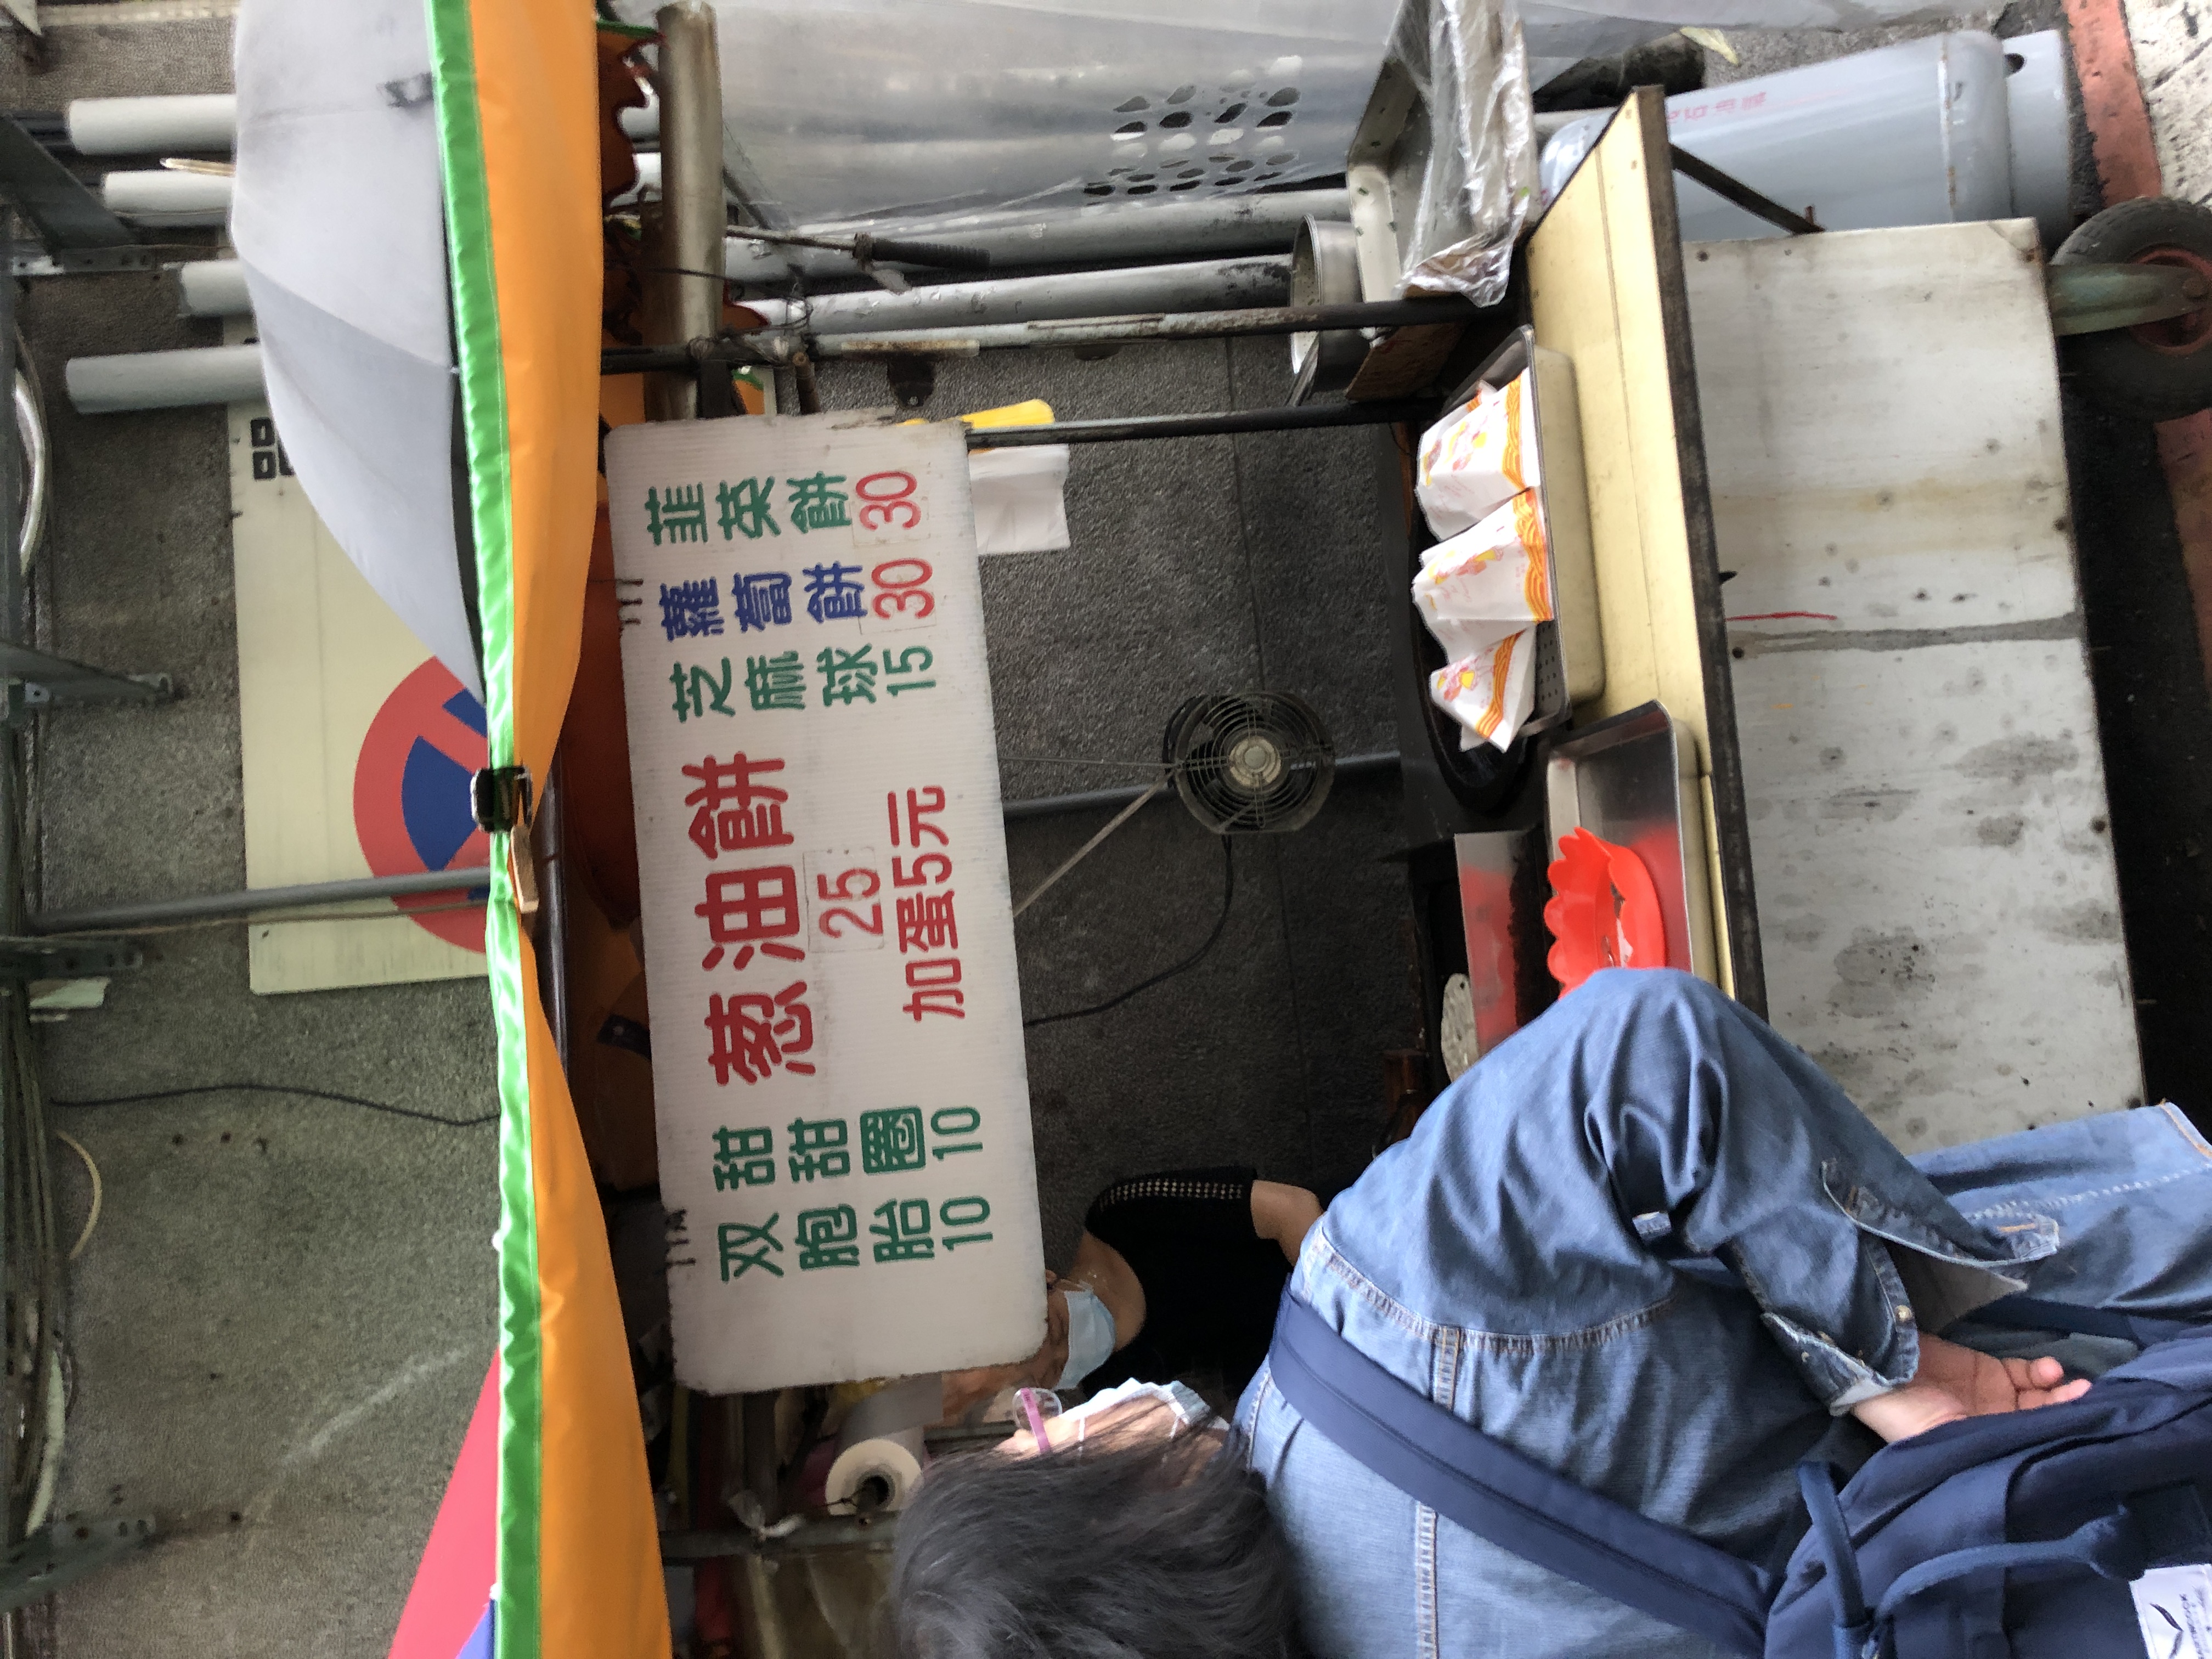
菜單：
name: 蘿蔔糕
price: 30
name: 芋頭糕
price: 15
name: 蔥油餅
price: 25
name: 加蛋
price: 5
name: 雙胞胎
price: 10
name: 甜甜圈
price: 10